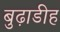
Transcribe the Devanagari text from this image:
बुढ़ाडीह